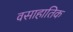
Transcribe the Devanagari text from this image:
वसाहातिक